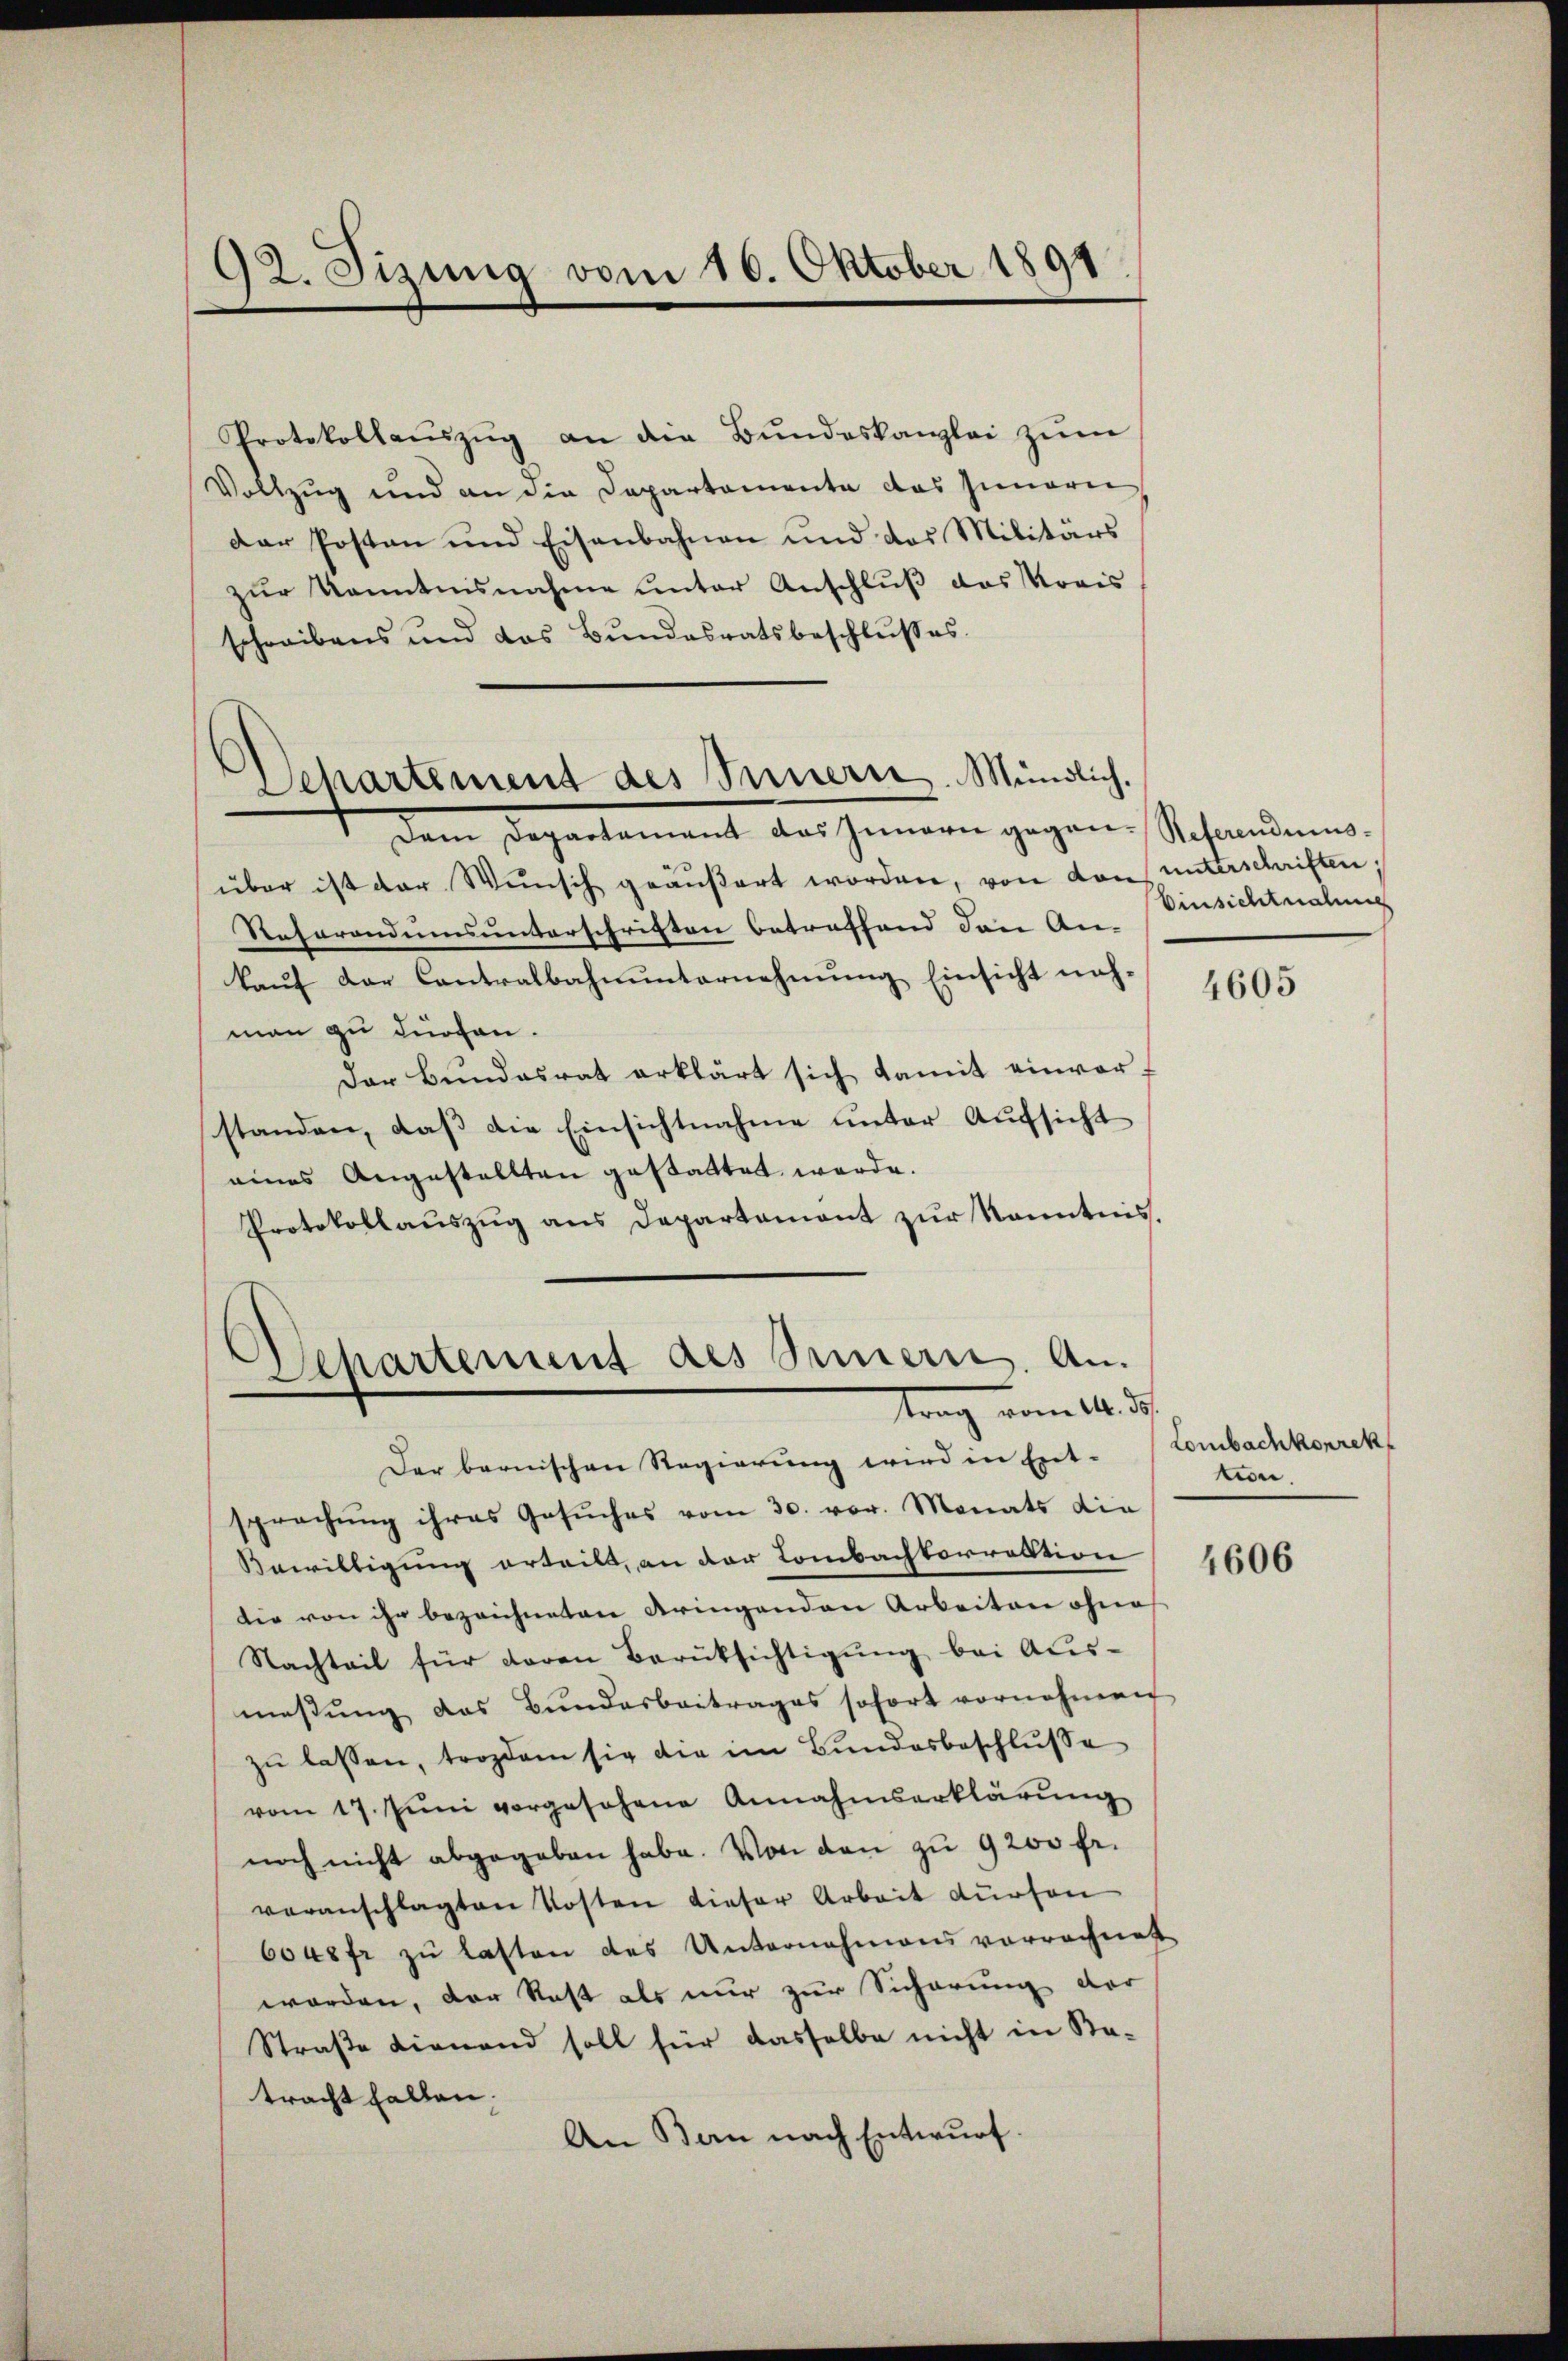
92. Jizung vom 10. Oktober 1891

Protokollaŭszŭg an die Bŭndeskanzlei zŭm
Vollzug und an die Departemente das Inneri
der Postan und Eisenbahnen und das Militärs
zur Kenntnisnahme unter Anschluß das Koris
schreibens und das Bundesratsbeschlußes
Dem Departament das Innern gegen-Referendumsüber ist der Wunsch geäußert worden, von den unterschriften,
Referandumsunterschriften betreffend den An-
kauf der Contralbahnunternehmung Einsicht nahman zu dürfen.
Der Bŭndesrat erklärt sich damit einverstanden, daß die Einsichtnahme unter Aufsicht
eines Angestellten gestattet werde.
Protokollaŭszŭg ans Departament zŭr Kenntnis.

Departement des Innern. Mündlich.

Departement des Innern. An
trag vom 14. d.

Der bernischen Regierung wird in Ent-
sprechung ihres Gesuches vom 30. vor. Monats die
Bewilligung erteilt, an der Lombachkorrektion
die von ihr bezeichneten dringenden Arbeiten ohne
Nachteil für daran Berüksichtigung bei Ausmessung das Bundesbeitrages sofort vornehmen
zŭ lassen, trozdam sie die im Bundesbeschlŭsse
vom 17. Jŭni vorgesehene Annahmserklärŭng
noch nicht abgegeben habe. Von den zu 9200 fr.
veranschlagten Kosten dieser Arbeit dürfen
604 fr zu lasten des Unternehmens verrechnet
worden, der Rest als nur zur Sicherung der
Straße Lienend soll für dasselbe nicht in Katracht halten.
An Bern nach Entwurf.

Einsichtnahme

4605

Lombachkorrek
tion.

4606